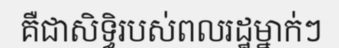
គឺជាសិទ្ធិរបស់ពលរដ្ឋម្នាក់ៗ